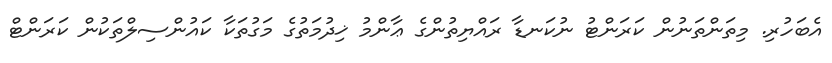
އެބަހުރި. މިތަންތަނުން ކަރަންޓު ނުކަނޑާ ރައްޔިތުންގެ ޢާންމު ޚިދުމަތުގެ މަގުތަކާ ކައުންސިލްތަކުން ކަރަންޓް